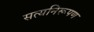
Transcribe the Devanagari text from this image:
सत्यनिरूपण